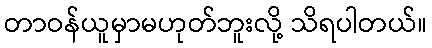
တာဝန်ယူမှာမဟုတ်ဘူးလို့ သိရပါတယ်။